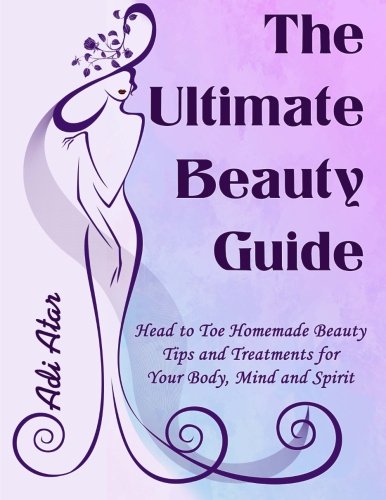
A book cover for The Ultimate Beauty Guide: Head to Toe Homemade Beauty Tips and Treatments for Your Body, Mind and Spirit; Adi Atar; Health, Fitness & Dieting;